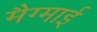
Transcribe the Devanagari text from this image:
मैग्माई